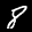
Label: 8